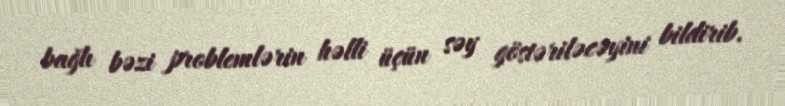
bağlı bəzi problemlərin həlli üçün səy göstəriləcəyini bildirib.